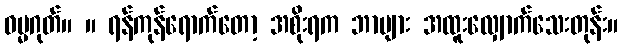
ဓမ္မဂုတ်။ ။ ရန်ကုန်ရောက်တော့ အစိုးရက ဘာများ အထူးလျှောက်သေးတုန်း။